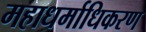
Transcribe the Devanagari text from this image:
महाधर्माधिकरण